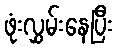
ဖုံးလွှမ်းနေပြီး